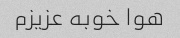
هوا خوبه عزیزم